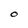
Character: o